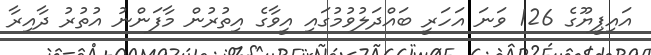
އައިޕީޔޫގެ 126 ވަނަ އަހަރީ ބައްދަލުވުމުގައި އީވާގެ އިތުރުން މާފަންނު އުތުރު ދާއިރާ